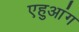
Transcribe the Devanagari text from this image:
एहुआंग